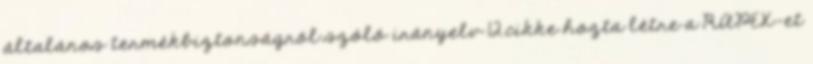
általános termékbiztonságról szóló irányelv 12.cikke hozta létre a RAPEX-et